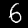
Label: 6